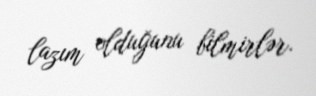
lazım olduğunu bilmirlər.